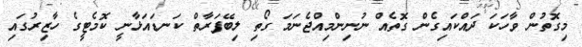
މިގޮތުން ވާހަކަ ދައްކައިގެން ގޮތެއް ނުނިންމިއްޖެނަމަ ގޯތި ލިބޭފަރާތް ކަނޑައަޅާނީ ކޮމެޓީގެ ހާޒިރުގައި